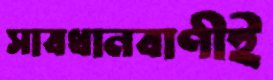
সাবধানবাণীই